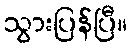
သွားပြန်ပြီ။